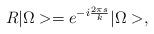
LaTeX: \begin{align*}R|\Omega>=e^{-i\frac{2\pi s}{k}}|\Omega>,\end{align*}